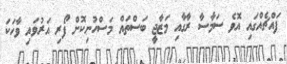
ފައްޗެއްގައި އޮވެ ސަމާސާ ރާގާއި މަޒާޖީ ބަސްތައް މަސްހުނިކޮށް ފޯރި އަރުވައި ވާހަކަ